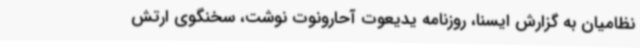
نظامیان به گزارش ایسنا، روزنامه یدیعوت آحارونوت نوشت، سخنگوی ارتش